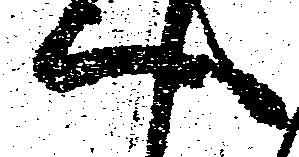
へ